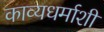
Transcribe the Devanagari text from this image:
काव्यधर्माशी